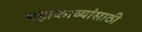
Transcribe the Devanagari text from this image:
महाकाव्यांसाठी